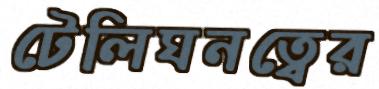
টেলিঘনত্বের